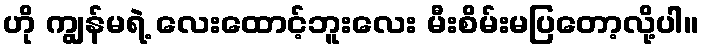
ဟို ကျွန်မရဲ့ လေးထောင့်ဘူးလေး မီးစိမ်းမပြတော့လို့ပါ။